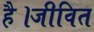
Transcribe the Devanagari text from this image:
है।जीवित